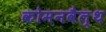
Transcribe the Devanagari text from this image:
कोमनवैल्थ